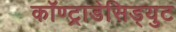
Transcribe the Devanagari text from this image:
कॉण्ट्राडेसिड्युट